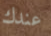
عندك